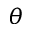
\theta